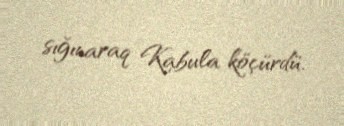
sığınaraq Kabula köçürdü.